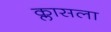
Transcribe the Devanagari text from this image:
क्लासला